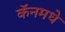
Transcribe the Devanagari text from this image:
कॅनमधे